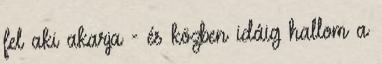
fel aki akarja - és közben idáig hallom a